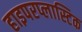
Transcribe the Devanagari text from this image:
हाइपरप्लास्टिक